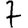
Digit: 7